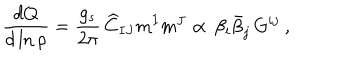
{ \frac { d { Q } } { d \ln { \rho } } } = { \frac { g _ { s } } { 2 \pi } } \, { \widehat C _ { I J } m ^ { I } m ^ { J } } \propto \, { \beta _ { i } \bar { \beta } _ { j } \, G ^ { i j } } ~ ,